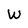
Character: W